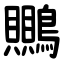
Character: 䴍